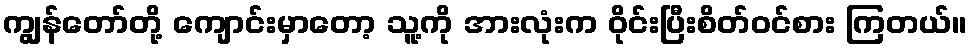
ကျွန်တော်တို့ ကျောင်းမှာတော့ သူ့ကို အားလုံးက ဝိုင်းပြီးစိတ်ဝင်စား ကြတယ်။